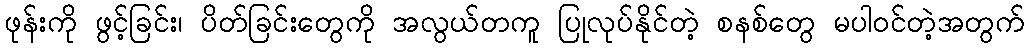
ဖုန်းကို ဖွင့်ခြင်း၊ ပိတ်ခြင်းတွေကို အလွယ်တကူ ပြုလုပ်နိုင်တဲ့ စနစ်တွေ မပါဝင်တဲ့အတွက်